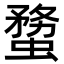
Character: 𧎻